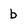
Character: b